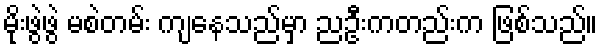
မိုးဖွဲဖွဲ မစဲတမ်း ကျနေသည်မှာ ညဦးကတည်းက ဖြစ်သည်။